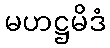
မဟဋ္ဌမိဒံ